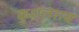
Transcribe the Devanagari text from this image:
कुशलराय